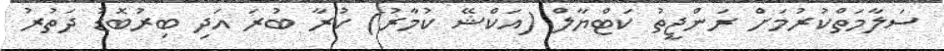
ސަލާމަތްކުުރުމަށް ރަންޖީތު ކަޓްޔާލް (އަކްޝޭ ކުމާރު) ކުރާ ބުރަ އަދި ބިރުބޮޑު ދަތުރު